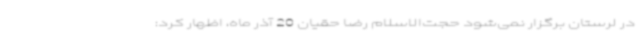
در لرستان برگزار نمی‌شود حجت‌الاسلام رضا حقیان 20 آذر ماه، اظهار کرد: